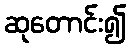
ဆုတောင်း၍